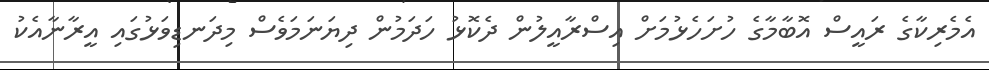
އެމެރިކާގެ ރައީސް އޮބާމާގެ ހުށަހެޅުމަށް އިސްރާއީލުން ދެކޮޅު ހަދަމުން ދިޔަނަމަވެސް މިދަނޑިވަޅުގައި އީރާނާއެކު